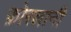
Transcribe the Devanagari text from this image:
फ़ोरलानी